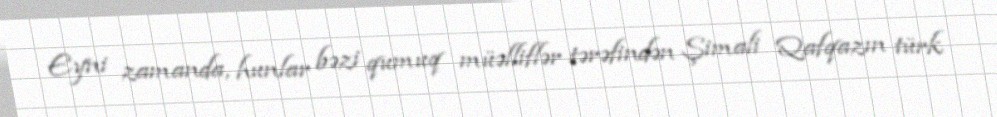
Eyni zamanda, hunlar bəzi qumuq müəlliflər tərəfindən Şimali Qafqazın türk